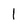
Character: l